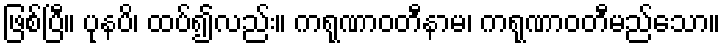
ဖြစ်ပြီ။ ပုနပိ၊ ထပ်၍လည်း။ ကရုဏာဝတီနာမ၊ ကရုဏာဝတီမည်သော။